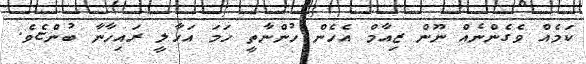
ކަމެއް ވެގެންނެއް ނޫން ޒިއާމް އެހެން ހުންނާތީ ހަމަ އަހާލީ ރައިހާނާ ބުންޏެވެ.